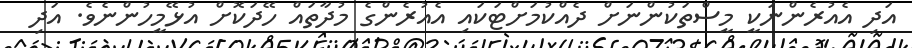
އަދި އެއުރެންނަކީ މީސްތަކުންނަށް ދެއްކުމަށްޓަކައި އެއުރެންގެ މުދާތައް ހޭދަކޮށް އުޅޭމީހުންނެވެ. އަދި